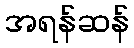
အရန်ဆန်